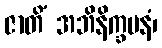
ဇာတိံ အဘိနိက္ခမနံ၊